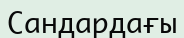
Сандардағы